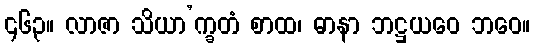
၄၆၃။ လာဇာ သိယာ’က္ခတံ စာထ၊ ဓာနာ ဘဋ္ဌယဝေ ဘဝေ။